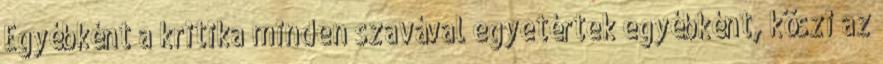
Egyébként a kritika minden szavával egyetértek egyébként, köszi az